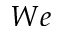
W e